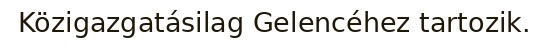
Közigazgatásilag Gelencéhez tartozik.